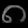
Digit: ၈